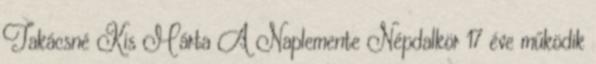
Takácsné Kis Márta A Naplemente Népdalkör 17 éve működik